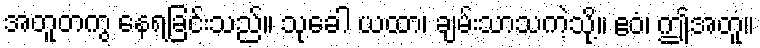
အတူတကွ နေရခြင်းသည်။ သုခေါ ယထာ၊ ချမ်းသာသကဲ့သို့။ ဧဝံ၊ ဤအတူ။